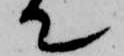
て